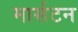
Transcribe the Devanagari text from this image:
मार्सटन